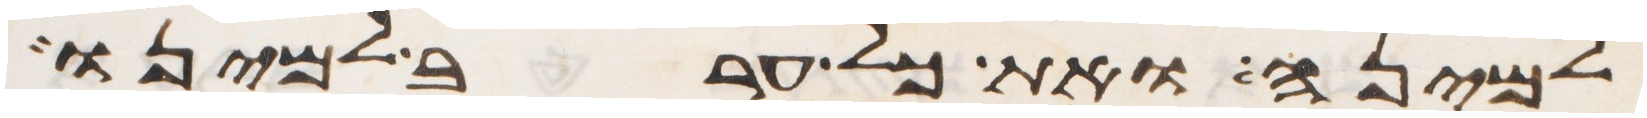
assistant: למינה ואת כל ערב למינו